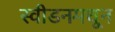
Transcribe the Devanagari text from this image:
स्वीडनमधून